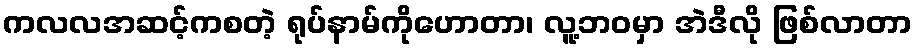
ကလလအဆင့်ကစတဲ့ ရုပ်နာမ်ကိုဟောတာ၊ လူ့ဘဝမှာ အဲဒီလို ဖြစ်လာတာ